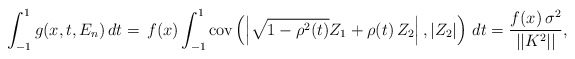
\begin{align*}\int_{-1}^{1}g(x,t,E_{n})\,dt=\,f(x)\int_{-1}^{1}\mbox{{\rm cov}}\left(\left| \sqrt{1-\rho ^{2}(t)}Z_{1}+\rho (t)\,Z_{2}\right| ,\left|Z_{2}\right| \right) \,dt=\frac{f(x)\,\sigma ^{2}}{||K^{2}||},\end{align*}